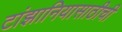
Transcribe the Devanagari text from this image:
टांझानियासाठीची